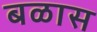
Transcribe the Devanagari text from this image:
बळास